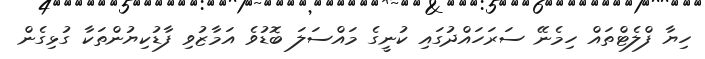
ހިޔާ ފްލެޓްތައް ހިމެނޭ ސަރަހައްދުގައި ކުނީގެ މައްސަލަ ބޮޑުވެ އަމާޒުވި ފާޑުކިޔުންތަކާ ގުޅިގެން